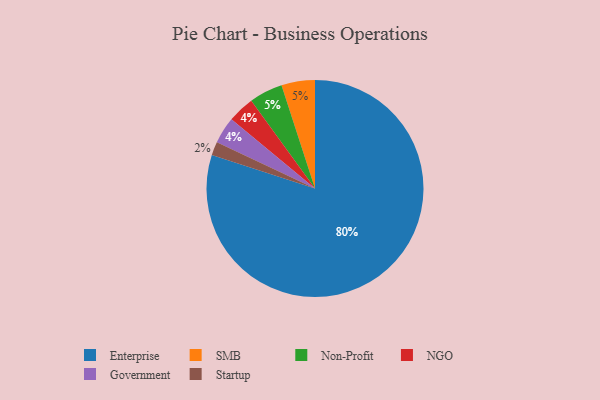
{"axis": {"x": "Category", "y": "Percentage"}, "legend": ["Enterprise", "Government", "NGO", "Non-Profit", "SMB", "Startup"], "data": [{"x": "SMB", "y": 5, "type": "SMB"}, {"x": "Enterprise", "y": 80, "type": "Enterprise"}, {"x": "Startup", "y": 2, "type": "Startup"}, {"x": "Non-Profit", "y": 5, "type": "Non-Profit"}, {"x": "NGO", "y": 4, "type": "NGO"}, {"x": "Government", "y": 4, "type": "Government"}]}